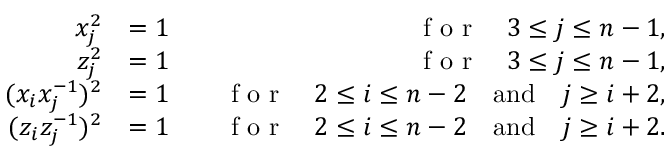
\begin{array} { r l r } { x _ { j } ^ { 2 } } & { = 1 } & { \quad \textrm { f o r } \quad 3 \leq j \leq n - 1 , } \\ { z _ { j } ^ { 2 } } & { = 1 } & { \quad \textrm { f o r } \quad 3 \leq j \leq n - 1 , } \\ { ( x _ { i } x _ { j } ^ { - 1 } ) ^ { 2 } } & { = 1 } & { \quad \textrm { f o r } \quad 2 \leq i \leq n - 2 \quad \mathrm { a n d } \quad j \geq i + 2 , } \\ { ( z _ { i } z _ { j } ^ { - 1 } ) ^ { 2 } } & { = 1 } & { \quad \textrm { f o r } \quad 2 \leq i \leq n - 2 \quad \mathrm { a n d } \quad j \geq i + 2 . } \end{array}